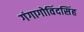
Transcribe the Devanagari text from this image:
गंगागोविंदसिंह